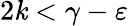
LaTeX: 2\mathit{k}<\gamma-\varepsilon